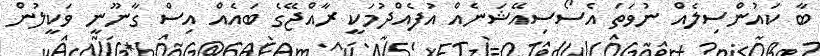
ބާ ކައުންސިލެއް ނުވަތަ އެސޯސިއޭޝަނެއް އުފެއްދުމަކީ ރާއްޖޭގެ ބައެއް އިސް ގާނޫނީ ވަކީލުން